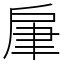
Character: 肁